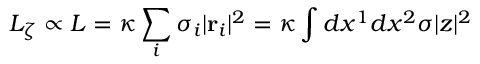
L _ { \zeta } \propto L = \kappa \sum _ { i } \sigma _ { i } | \mathbf { r } _ { i } | ^ { 2 } = \kappa \int d x ^ { 1 } d x ^ { 2 } \sigma | z | ^ { 2 }